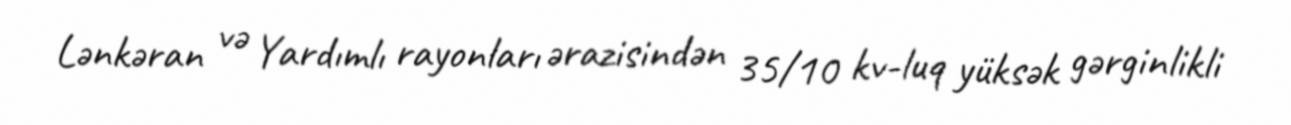
Lənkəran və Yardımlı rayonları ərazisindən 35/10 kv-luq yüksək gərginlikli